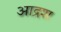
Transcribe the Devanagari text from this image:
आद्रश